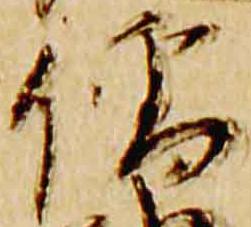
僧